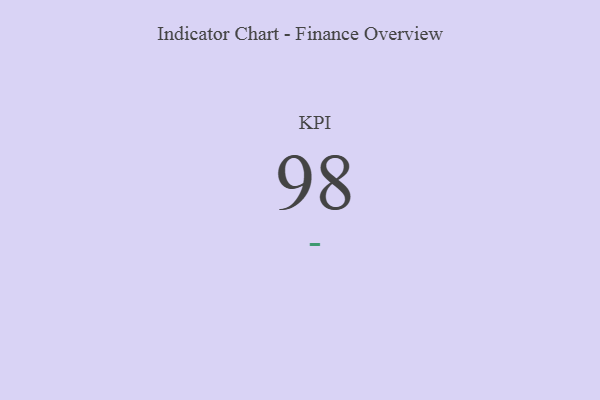
{"axis": {"x": "KPI", "y": "Value"}, "legend": [""], "data": [{"x": "KPI", "y": 98, "type": ""}]}